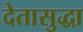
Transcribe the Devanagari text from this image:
देतासुद्धा